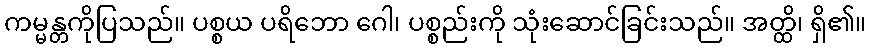
ကမ္မန္တကိုပြသည်။ ပစ္စယ ပရိဘော ဂေါ၊ ပစ္စည်းကို သုံးဆောင်ခြင်းသည်။ အတ္ထိ၊ ရှိ၏။